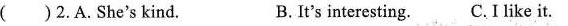
()2.A.She's kind。 B.It's interesting。 C.I like it。